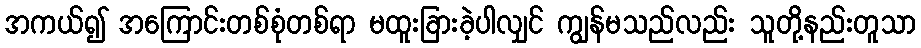
အကယ်၍ အကြောင်းတစ်စုံတစ်ရာ မထူးခြားခဲ့ပါလျှင် ကျွန်မသည်လည်း သူတို့နည်းတူသာ